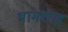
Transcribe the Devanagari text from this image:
भामशाह